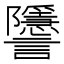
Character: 𧮐